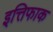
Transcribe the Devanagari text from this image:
इत्तिफाक